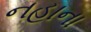
નહાના